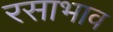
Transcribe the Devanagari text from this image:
रसाभाव